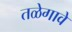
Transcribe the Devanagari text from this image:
तळेगावे